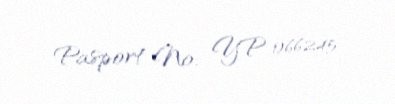
Pasport №: YP 066245